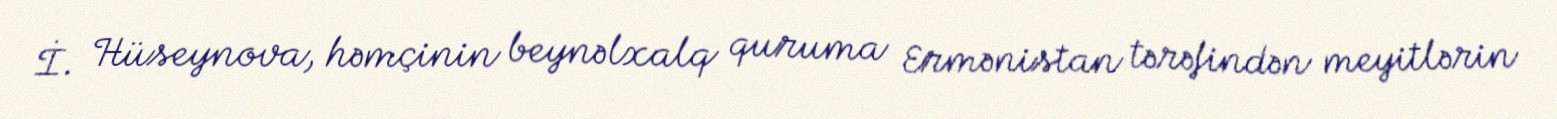
İ. Hüseynova, həmçinin beynəlxalq quruma Ermənistan tərəfindən meyitlərin